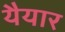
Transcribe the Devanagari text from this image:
यैयार